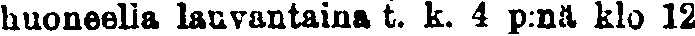
huoneella lauvantaina t. k. 4 p:nä klo 12